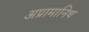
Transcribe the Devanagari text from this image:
अप्रामानिथ